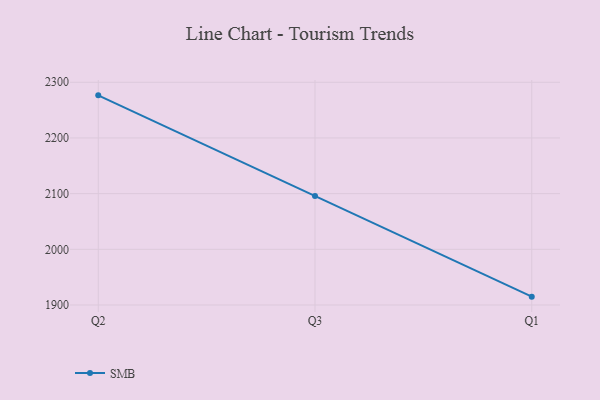
{"axis": {"x": "Quarter", "y": "Humidity (%)"}, "legend": ["SMB"], "data": [{"x": "Q2", "y": 2276.5, "type": "SMB"}, {"x": "Q3", "y": 2095.6, "type": "SMB"}, {"x": "Q1", "y": 1915.0, "type": "SMB"}]}